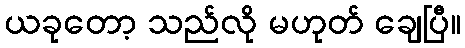
ယခုတော့ သည်လို မဟုတ် ချေပြီ။